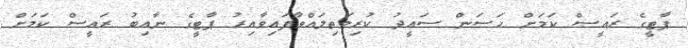
ޕާޓީގެ ރައީސް ކަމަށް ހަސަން ސައީދު ކުރިމަތިލައްވާފައިވާއިރު ޕާޓީގެ ނާއިބު ރައީސް ކަމަށް